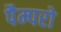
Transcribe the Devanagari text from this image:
पैम्परो